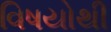
વિષયોથી